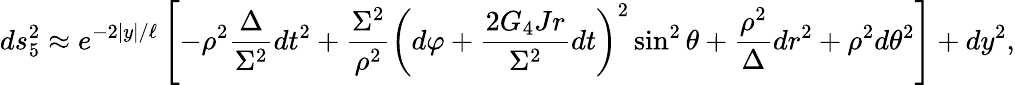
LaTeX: ds_{5}^{2}\approx e^{-2|y|/\ell}\left[-\rho^{2}\frac{\Delta}{\Sigma^{2}}dt^{2}+\frac{\Sigma^{2}}{\rho^{2}}\left(d\varphi+\frac{2G_{4}Jr}{\Sigma^{2}}dt\right)^{2}\sin^{2}{\theta}+\frac{\rho^{2}}{\Delta}dr^{2}+\rho^{2}d\theta^{2}\right]+dy^{2},